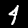
Digit: 4